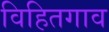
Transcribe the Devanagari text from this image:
विहितगाव